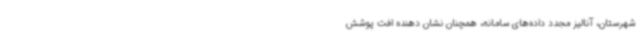
شهرستان، آنالیز مجدد داده‌های سامانه، همچنان نشان دهنده افت پوشش